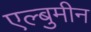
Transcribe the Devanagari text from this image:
एल्बुमीन